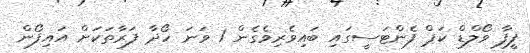
ފީފާ ވޯލްޑް ކަޕް ފެންޓަސީގައި ބައިވެރިވެގެން 1 ވަނަ ހޯދާ ފަރާތަކަށް އައިފޯން